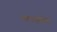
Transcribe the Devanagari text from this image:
श्रमपूर्वक